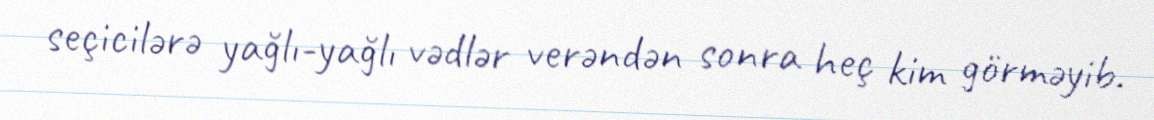
seçicilərə yağlı-yağlı vədlər verəndən sonra heç kim görməyib.